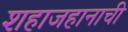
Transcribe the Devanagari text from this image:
शहाजहानाची